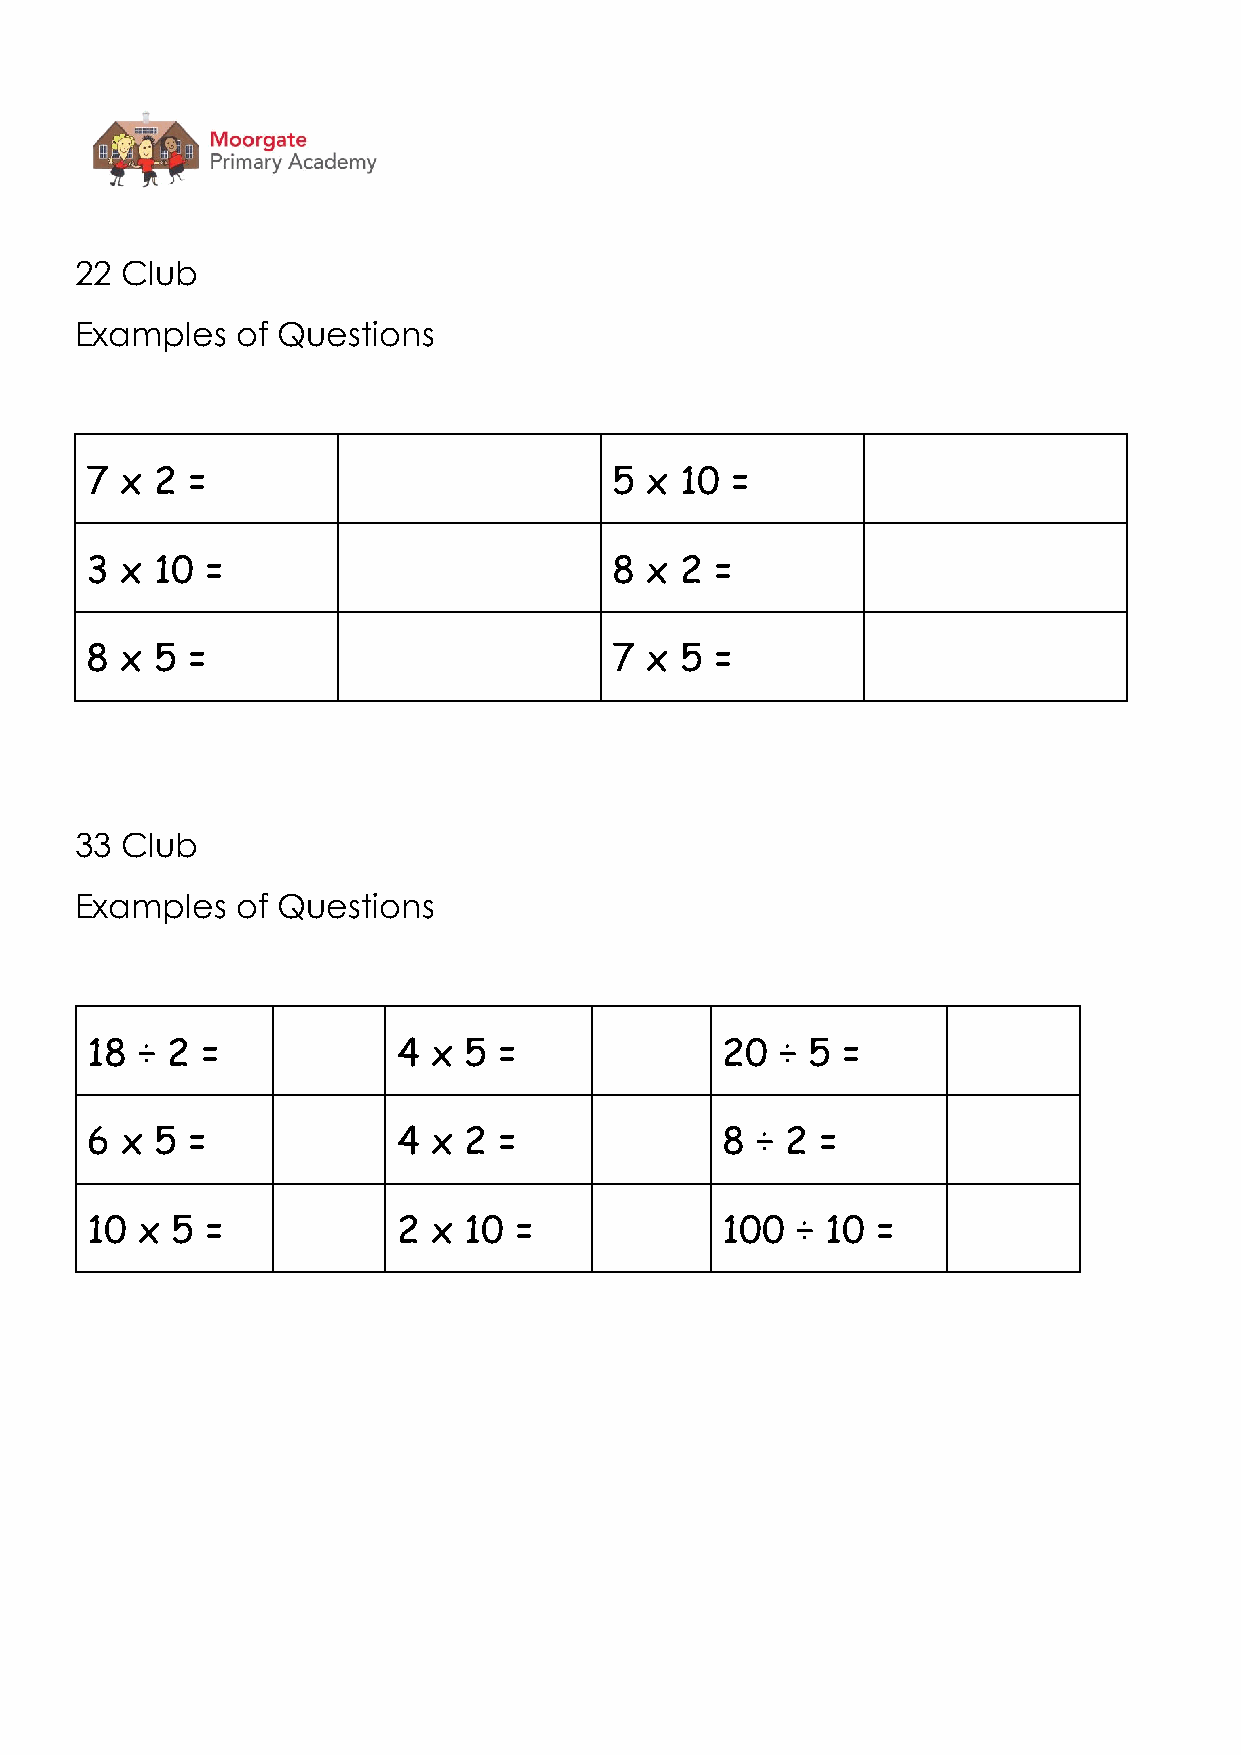
22 Club
 Examples   of Questions
 7 x 2 =                            5 x 10 =
 3 x 10  =                          8 x 2 =
 8 x 5 =                            7 x 5 =
 33 Club
 Examples   of Questions
 18 ÷ 2 =            4 x  5 =              20  ÷ 5 =
 6 x 5 =             4 x  2 =              8 ÷ 2 =
 10 x 5  =           2 x  10 =             100  ÷ 10 =